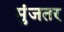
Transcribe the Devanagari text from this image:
मुंजतर